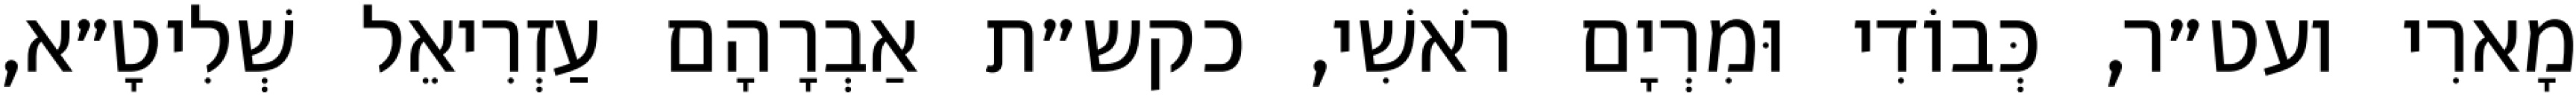
מָארִי ועט״ר, כְּבוֹדִי וּמִרְיָם רֹאשִׁי, כקש״ת אַבְרָהָם עַזְרִיאֵל שְׁלִיטָ״א,